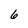
Character: 6